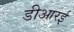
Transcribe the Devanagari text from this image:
डीआरई